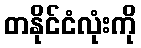
တနိုင်ငံလုံးကို